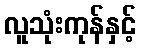
လူသုံးကုန်နှင့်